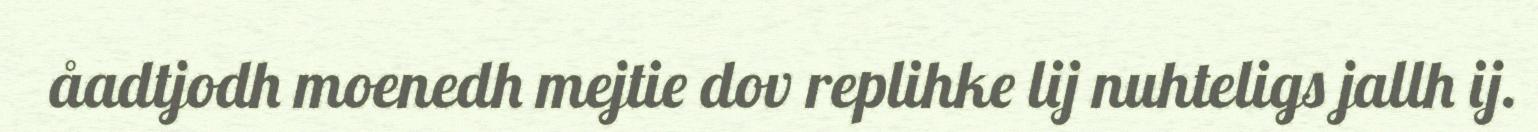
åadtjodh moenedh mejtie dov replihke lij nuhteligs jallh ij.